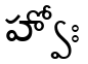
హ్వోః